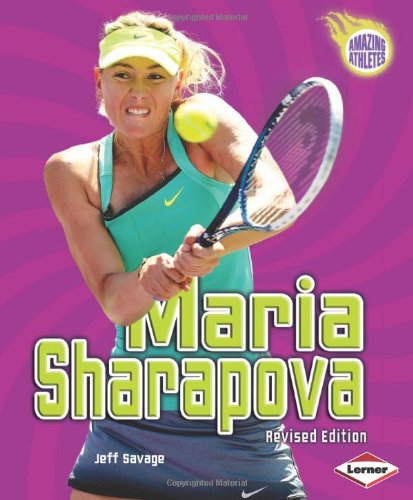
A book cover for Maria Sharapova (Amazing Athletes); Jeff Savage; Children's Books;